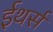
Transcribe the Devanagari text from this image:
ईथर्स